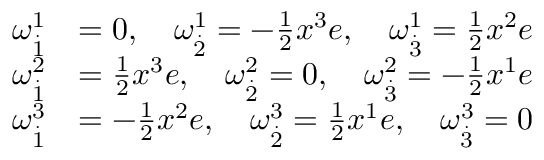
\begin{array} { r l } { \omega _ { \overset { . } { 1 } } ^ { 1 } } & { = 0 , \quad \omega _ { \overset { . } { 2 } } ^ { 1 } = - \frac { 1 } { 2 } x ^ { 3 } e , \quad \omega _ { \overset { . } { 3 } } ^ { 1 } = \frac { 1 } { 2 } x ^ { 2 } e } \\ { \omega _ { \overset { . } { 1 } } ^ { 2 } } & { = \frac { 1 } { 2 } x ^ { 3 } e , \quad \omega _ { \overset { . } { 2 } } ^ { 2 } = 0 , \quad \omega _ { \overset { . } { 3 } } ^ { 2 } = - \frac { 1 } { 2 } x ^ { 1 } e } \\ { \omega _ { \overset { . } { 1 } } ^ { 3 } } & { = - \frac { 1 } { 2 } x ^ { 2 } e , \quad \omega _ { \overset { . } { 2 } } ^ { 3 } = \frac { 1 } { 2 } x ^ { 1 } e , \quad \omega _ { \overset { . } { 3 } } ^ { 3 } = 0 } \end{array}